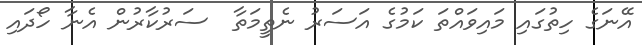
އޭނަގެ ހިތުގައި މައިވައްތަ ކަމުގެ އަސަރު ނެތީމަތާ  ސަރުކާރުން އެނާ ހޯދައި